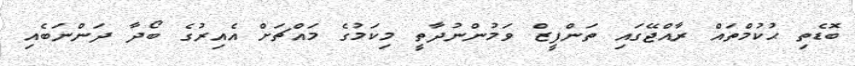
ބޮޑެތި ޙުކުމްތައް ރާއްޖޭގައި ތަންފީޒް ވަމުންނުދާތީ މިކަމުގެ މައްޗަށް އެއިރުގެ ބޯދާ ދަންނަބެއި